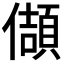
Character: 𭀂